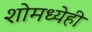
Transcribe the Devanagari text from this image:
शोमध्येही